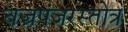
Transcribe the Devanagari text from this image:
वज्रपंजरस्तोत्र